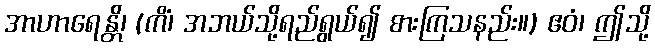
အာဟာရေန္တိ၊ (ကိံ၊ အဘယ်သို့ရည်ရွယ်၍ စားကြသနည်း။) ဧဝံ၊ ဤသို့